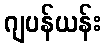
ဂျပန်ယန်း